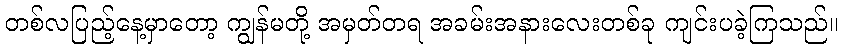
တစ်လပြည့်နေ့မှာတော့ ကျွန်မတို့ အမှတ်တရ အခမ်းအနားလေးတစ်ခု ကျင်းပခဲ့ကြသည်။